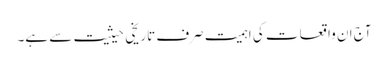
آج ان واقعات کی اہمیت صرف تاریخی حیثیت سے ہے۔